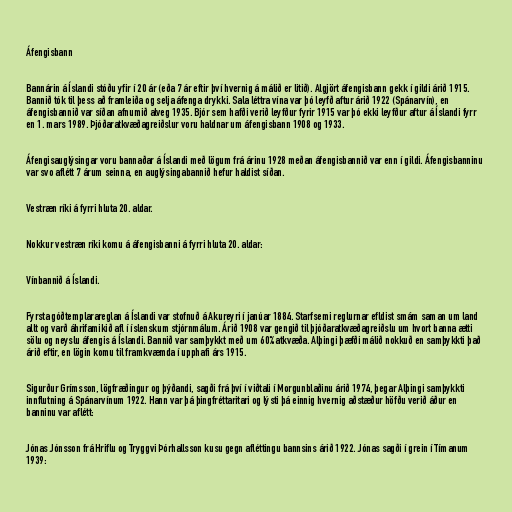
Áfengisbann

Bannárin á Íslandi stóðu yfir í 20 ár (eða 7 ár eftir því hvernig á málið er litið). Algjört áfengisbann gekk í gildi árið 1915.
Bannið tók til þess að framleiða og selja áfenga drykki. Sala léttra vína var þó leyfð aftur árið 1922 (Spánarvín), en
áfengisbannið var síðan afnumið alveg 1935. Bjór sem hafði verið leyfður fyrir 1915 var þó ekki leyfður aftur á Íslandi fyrr
en 1. mars 1989. Þjóðaratkvæðagreiðslur voru haldnar um áfengisbann 1908 og 1933.

Áfengisauglýsingar voru bannaðar á Íslandi með lögum frá árinu 1928 meðan áfengisbannið var enn í gildi. Áfengisbanninu
var svo aflétt 7 árum seinna, en auglýsingabannið hefur haldist síðan.

Vestræn ríki á fyrri hluta 20. aldar.

Nokkur vestræn ríki komu á áfengisbanni á fyrri hluta 20. aldar:

Vínbannið á Íslandi.

Fyrsta góðtemplarareglan á Íslandi var stofnuð á Akureyri í janúar 1884. Starfsemi reglurnar efldist smám saman um land
allt og varð áhrifamikið afl í íslenskum stjórnmálum. Árið 1908 var gengið til þjóðaratkvæðagreiðslu um hvort banna ætti
sölu og neyslu áfengis á Íslandi. Bannið var samþykkt með um 60% atkvæða. Alþingi þæfði málið nokkuð en samþykkti það
árið eftir, en lögin komu til framkvæmda í upphafi árs 1915.

Sigurður Grímsson, lögfræðingur og þýðandi, sagði frá því í viðtali í Morgunblaðinu árið 1974, þegar Alþingi samþykkti
innflutning á Spánarvínum 1922. Hann var þá þingfréttaritari og lýsti þá einnig hvernig aðstæður höfðu verið áður en
banninu var aflétt:

Jónas Jónsson frá Hriflu og Tryggvi Þórhallsson kusu gegn afléttingu bannsins árið 1922. Jónas sagði í grein í Tímanum
1939: